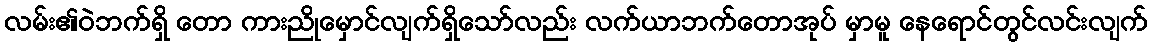
လမ်း၏ဝဲဘက်ရှိ တော ကားညိုမှောင်လျက်ရှိသော်လည်း လက်ယာဘက်တောအုပ် မှာမူ နေရောင်တွင်လင်းလျက်